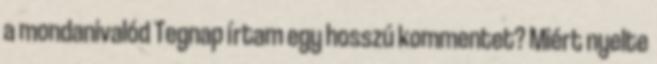
a mondanivalód Tegnap írtam egy hosszú kommentet? Miért nyelte